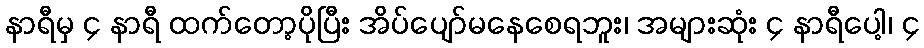
နာရီမှ ၄ နာရီ ထက်တော့ပိုပြီး အိပ်ပျော်မနေစေရဘူး၊ အများဆုံး ၄ နာရီပေါ့၊ ၄